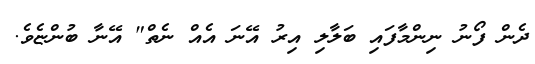
ދެން ފޯނު ނިންމާފައި ބަލާލި އިރު އޭނަ އެއް ނެތް" އޭނާ ބުންޏެވެ.